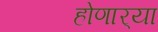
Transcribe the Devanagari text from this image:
होणार्‍या